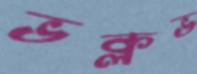
ভক্লভ